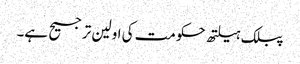
پبلک ہیلتھ حکومت کی اولین ترجیح ہے۔